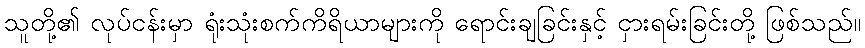
သူတို့၏ လုပ်ငန်းမှာ ရုံးသုံးစက်ကိရိယာများကို ရောင်းချခြင်းနှင့် ငှားရမ်းခြင်းတို့ ဖြစ်သည်။